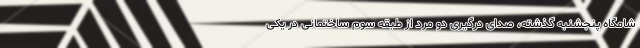
شامگاه پنجشنبه گذشته، صدای درگیری دو مرد از طبقه سوم ساختمانی در یکی